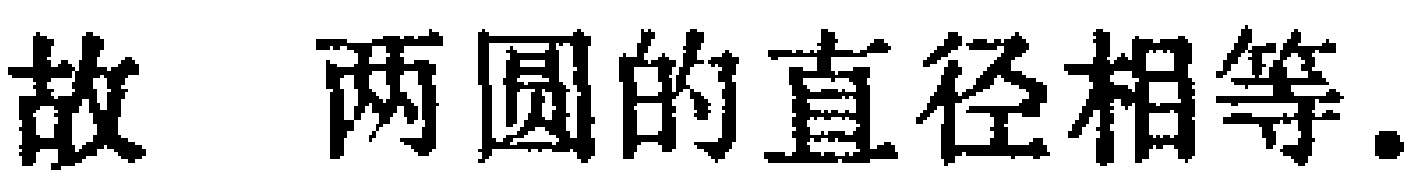
故 两圆的直径相等.